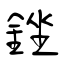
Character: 銼